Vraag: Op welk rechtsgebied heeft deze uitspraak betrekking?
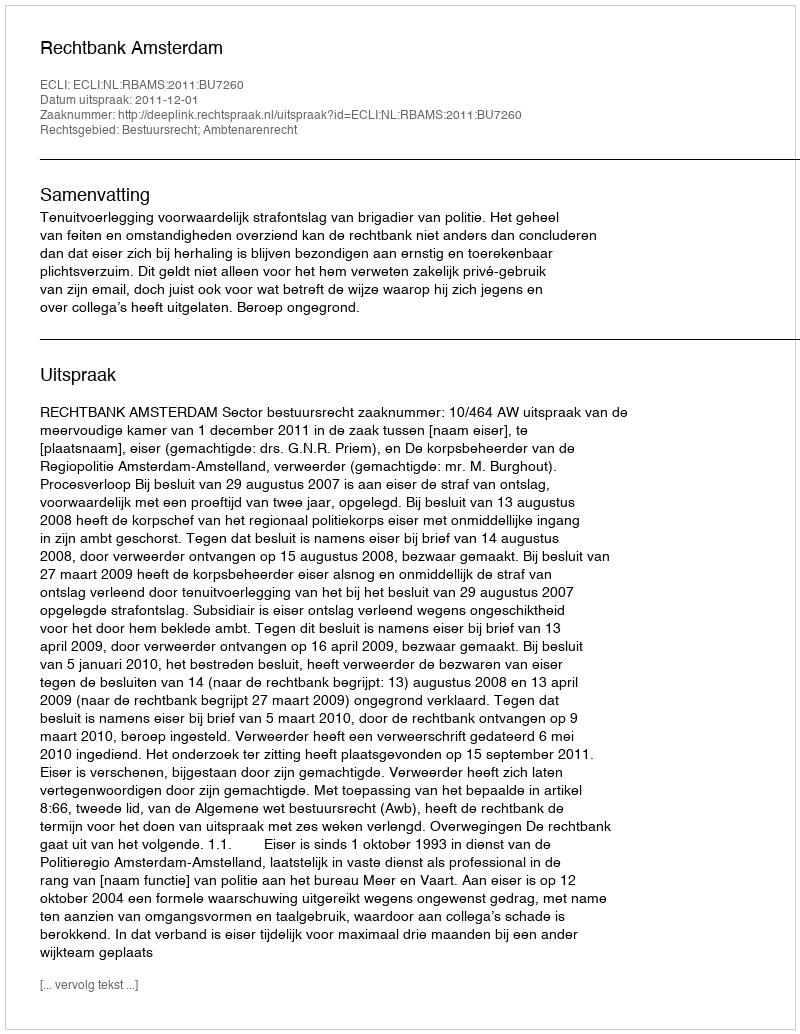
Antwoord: Bestuursrecht; Ambtenarenrecht